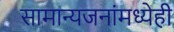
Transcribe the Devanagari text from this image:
सामान्यजनांमध्येही